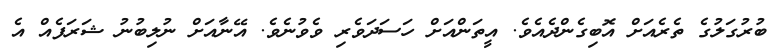
ބުރުގަލުގެ ތެރެއަށް އޮބިގެންދެއެވެ. އީތަންއަށް ހަސަދަވެރި ވެވުނެވެ. އޭނާއަށް ނުލިބުނު ޝަރަފެއް އެ